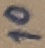
Text: 10